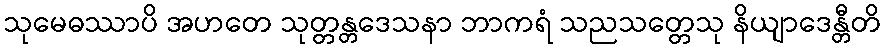
သုမေဓဿာပိ အဟတေ သုတ္တန္တဒေသနာ ဘာကရံ သညသတ္တေသု နိယျာဒေန္တီတိ